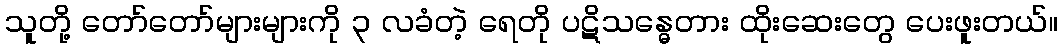
သူတို့ တော်တော်များများကို ၃ လခံတဲ့ ရေတို ပဋိသန္ဓေတား ထိုးဆေးတွေ ပေးဖူးတယ်။